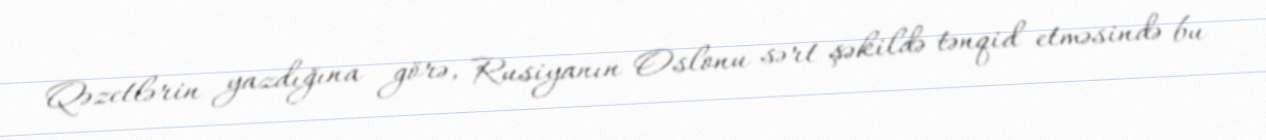
Qəzetlərin yazdığına görə, Rusiyanın Oslonu sərt şəkildə tənqid etməsində bu